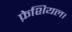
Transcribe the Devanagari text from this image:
फ़ेशियल।